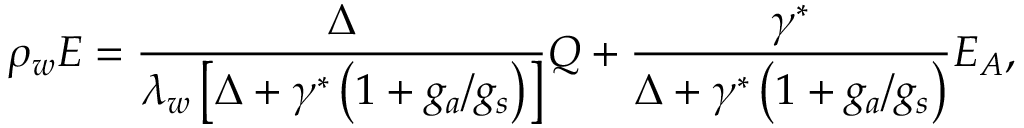
\rho _ { w } E = \frac { \Delta } { \lambda _ { w } \left[ \Delta + \gamma ^ { * } \left( 1 + { g _ { a } } / { g _ { s } } \right) \right] } Q + \frac { \gamma ^ { * } } { \Delta + \gamma ^ { * } \left( 1 + { g _ { a } } / { g _ { s } } \right) } E _ { A } ,